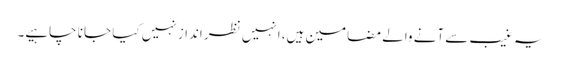
یہ غیب سے آنے والے مضامین ہیں، انہیں نظر انداز نہیں کیا جا نا چاہیے۔